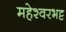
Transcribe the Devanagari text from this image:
महेश्वरभट्ट